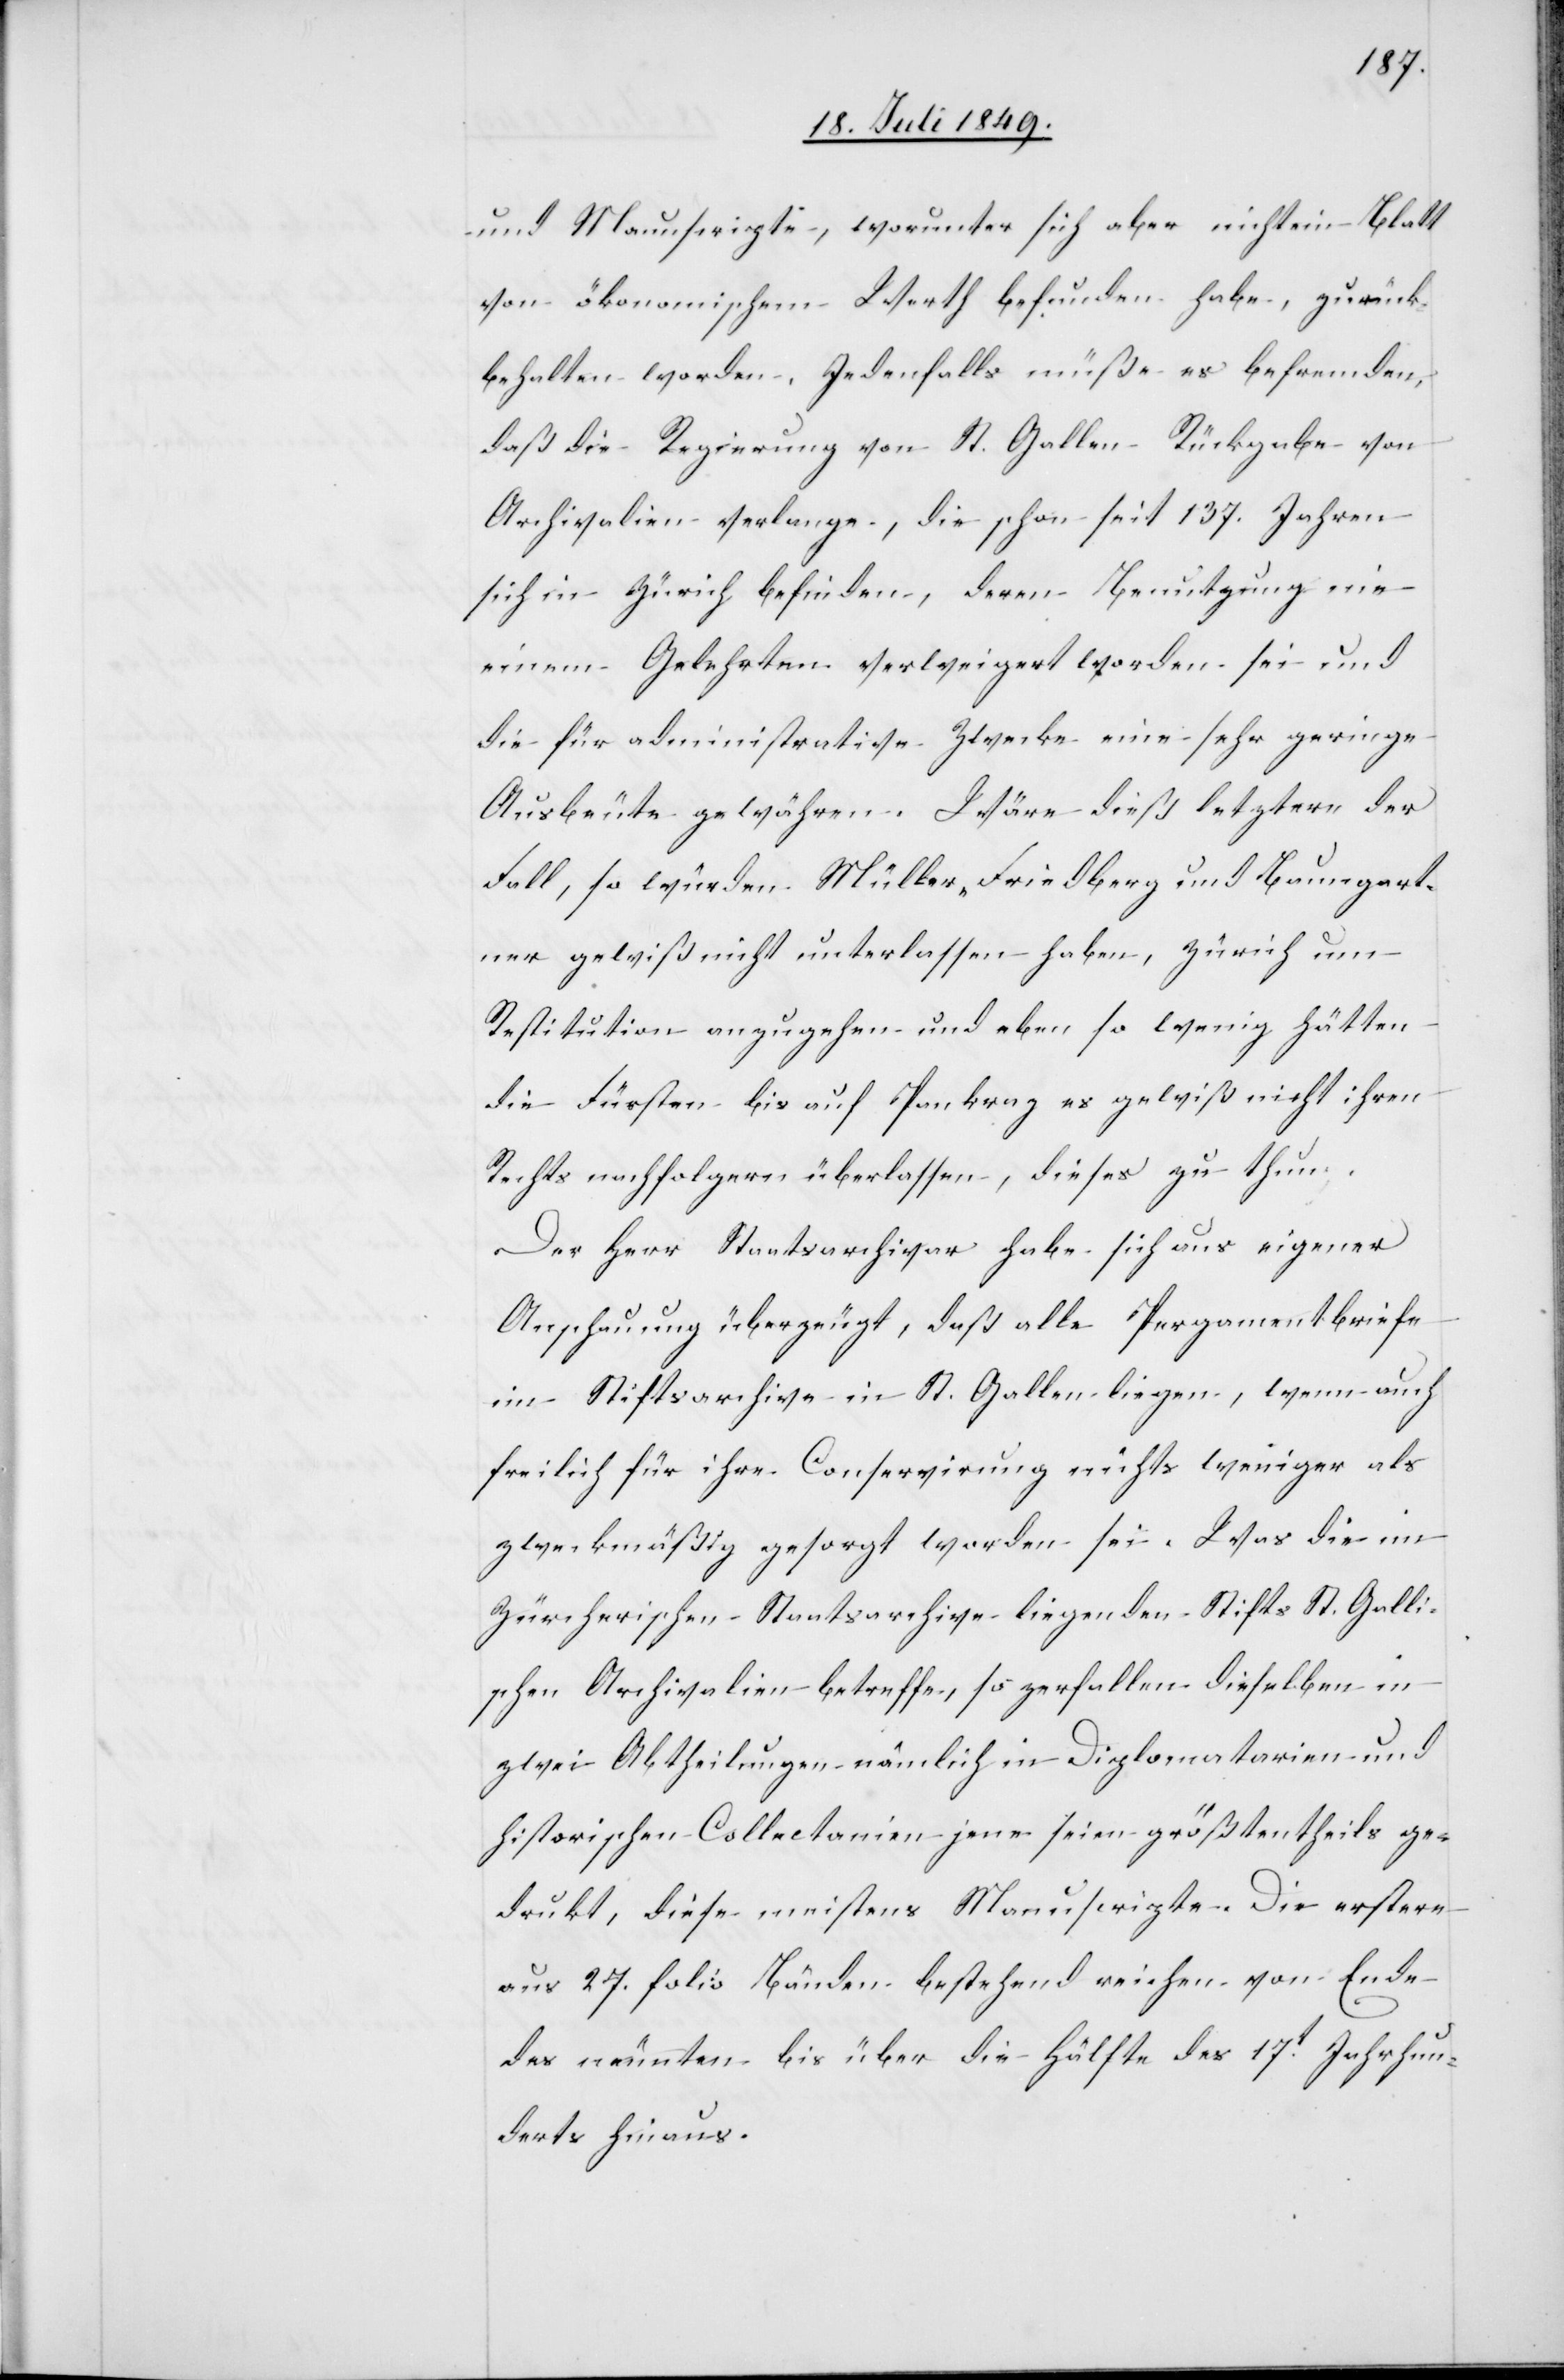
und Manuscripte, worunter sich aber nicht ein Blatt
von ökonomischem Werth befunden habe, zurück¬
behalten worden. Jedenfalls müße es befremden,
daß die Regierung von St. Gallen Rückgabe von
Archivalien verlange, die schon seit 137. Jahren
sich in Zürich befinden, deren Benutzung nie
einem Gelehrten verweigert worden sei und
die für administrative Zwecke eine sehr geringe
Ausbeute gewähren. Wäre dieß letztere der
Fall, so würden Müller-Friedberg und Baumgart¬
ner gewiß nicht unterlassen haben, Zürich um
Restitution anzugehen und eben so wenig hätten
die Fürsten bis auf Pankraz es gewiß nicht ihren
Rechtsnachfolgern überlassen, dieses zu thun.
Der Herr Staatsarchivar habe sich aus eigener
Anschauung überzeugt, daß alle Pergamentbriefe
im Stiftsarchive in St. Gallen liegen, wenn auch
freilich für ihre Conservirung nichts weniger als
zweckmäßig gesorgt worden sei. Was die im
Zürcherischen Staatsarchive liegenden Stifts St. Galli¬
schen Archivalien betreffe, so zerfallen dieselben in
zwei Abtheilungen[,] nämlich in Diplomatarien und
historischen Collectanien[,] jene seien größtentheils ge¬
drukt, diese meistens Manuscripte. Die erstere
aus 27. folio Bänden bestehend reichen von Ende
des neunten bis über die Hälfte des 17t Jahrhun¬
derts hinaus.